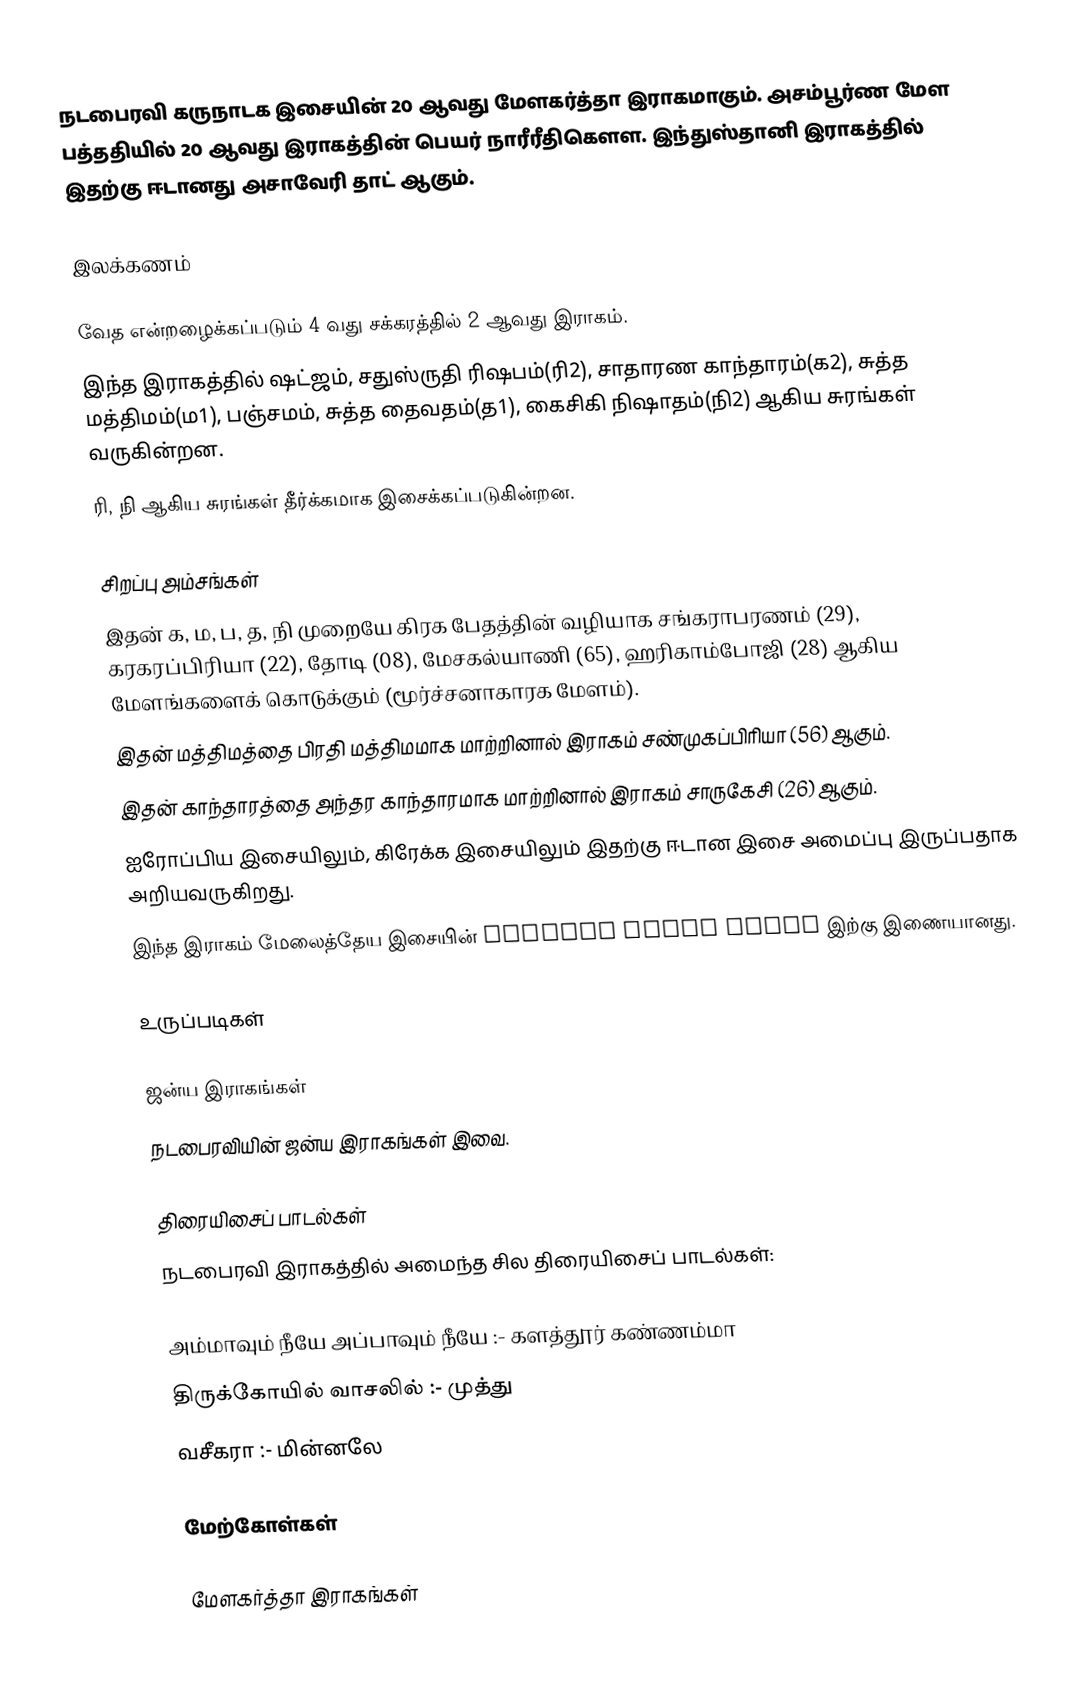
நடபைரவி கருநாடக இசையின் 20 ஆவது மேளகர்த்தா இராகமாகும். அசம்பூர்ண மேள பத்ததியில் 20 ஆவது இராகத்தின் பெயர் நாரீரீதிகௌள. இந்துஸ்தானி இராகத்தில் இதற்கு ஈடானது அசாவேரி தாட் ஆகும்.

இலக்கணம்

 வேத என்றழைக்கப்படும் 4 வது சக்கரத்தில் 2 ஆவது இராகம்.
 இந்த இராகத்தில் ஷட்ஜம், சதுஸ்ருதி ரிஷபம்(ரி2), சாதாரண காந்தாரம்(க2), சுத்த மத்திமம்(ம1), பஞ்சமம், சுத்த தைவதம்(த1), கைசிகி நிஷாதம்(நி2) ஆகிய சுரங்கள் வருகின்றன.
 ரி, நி ஆகிய சுரங்கள் தீர்க்கமாக இசைக்கப்படுகின்றன.

சிறப்பு அம்சங்கள்
 இதன் க, ம, ப, த, நி முறையே கிரக பேதத்தின் வழியாக சங்கராபரணம் (29), கரகரப்பிரியா (22), தோடி (08), மேசகல்யாணி (65), ஹரிகாம்போஜி (28) ஆகிய மேளங்களைக் கொடுக்கும் (மூர்ச்சனாகாரக மேளம்).
 இதன் மத்திமத்தை பிரதி மத்திமமாக மாற்றினால் இராகம் சண்முகப்பிரியா (56) ஆகும்.
 இதன் காந்தாரத்தை அந்தர காந்தாரமாக மாற்றினால் இராகம் சாருகேசி (26) ஆகும்.
 ஐரோப்பிய இசையிலும், கிரேக்க இசையிலும் இதற்கு ஈடான இசை அமைப்பு இருப்பதாக அறியவருகிறது.
 இந்த இராகம் மேலைத்தேய இசையின் Natural Minor Scale இற்கு இணையானது.

உருப்படிகள்

ஜன்ய இராகங்கள்
நடபைரவியின் ஜன்ய இராகங்கள் இவை.

திரையிசைப் பாடல்கள்
நடபைரவி இராகத்தில் அமைந்த சில திரையிசைப் பாடல்கள்:

 அம்மாவும் நீயே அப்பாவும் நீயே :- களத்தூர் கண்ணம்மா
 திருக்கோயில் வாசலில்  :- முத்து
 வசீகரா :- மின்னலே

மேற்கோள்கள்

மேளகர்த்தா இராகங்கள்